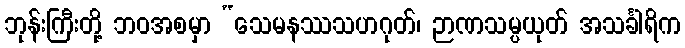
ဘုန်းကြီးတို့ ဘဝအစမှာ “သေမနဿသဟဂုတ်၊ ဉာဏသမ္ပယုတ် အသင်္ခါရိက